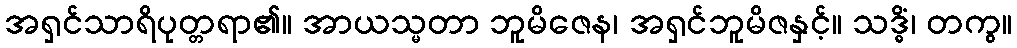
အရှင်သာရိပုတ္တရာ၏။ အာယသ္မတာ ဘူမိဇေန၊ အရှင်ဘူမိဇနှင့်။ သဒ္ဓိံ၊ တကွ။